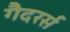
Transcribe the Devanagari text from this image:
गैदरर्स